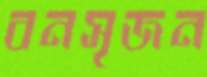
বনসৃজন